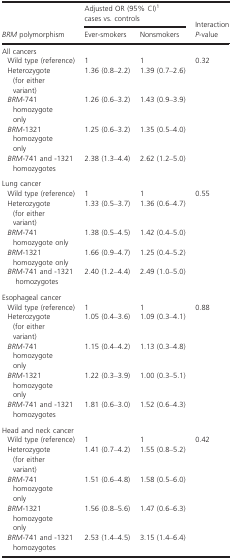
|  | <COLSPAN=2> Adjusted OR (95% CI)1 cases vs. controls |  |
 | BRM polymorphism | Ever-smokers | Nonsmokers | Interaction P-value |
 | --- | --- | --- | --- |
 | <COLSPAN=4> All cancers |
 | Wild type (reference) | 1 | 1 | <ROWSPAN=5> 0.32 |
 | Heterozygote (for either variant) | 1.36 (0.8–2.2) | 1.39 (0.7–2.6) |
 | BRM-741 homozygote only | 1.26 (0.6–3.2) | 1.43 (0.9–3.9) |
 | BRM-1321 homozygote only | 1.25 (0.6–3.2) | 1.35 (0.5–4.0) |
 | BRM-741 and-1321 homozygotes | 2.38 (1.3–4.4) | 2.62 (1.2–5.0) |
 | <COLSPAN=4> Lung cancer |
 | Wild type (reference) | 1 | 1 | <ROWSPAN=5> 0.55 |
 | Heterozygote (for either variant) | 1.33 (0.5–3.7) | 1.36 (0.6–4.7) |
 | BRM-741 homozygote only | 1.38 (0.5–4.5) | 1.42 (0.4–5.0) |
 | BRM-1321 homozygote only | 1.66 (0.9–4.7) | 1.25 (0.4–5.2) |
 | BRM-741 and-1321 homozygotes | 2.40 (1.2–4.4) | 2.49 (1.0–5.0) |
 | <COLSPAN=4> Esophageal cancer |
 | Wild type (reference) | 1 | 1 | <ROWSPAN=5> 0.88 |
 | Heterozygote (for either variant) | 1.05 (0.4–3.6) | 1.09 (0.3–4.1) |
 | BRM-741 homozygote only | 1.15 (0.4–4.2) | 1.13 (0.3–4.8) |
 | BRM-1321 homozygote only | 1.22 (0.3–3.9) | 1.00 (0.3–5.1) |
 | BRM-741 and-1321 homozygotes | 1.81 (0.6–3.0) | 1.52 (0.6–4.3) |
 | <COLSPAN=4> Head and neck cancer |
 | Wild type (reference) | 1 | 1 | <ROWSPAN=5> 0.42 |
 | Heterozygote (for either variant) | 1.41 (0.7–4.2) | 1.55 (0.8–5.2) |
 | BRM-741 homozygote only | 1.51 (0.6–4.8) | 1.58 (0.5–6.0) |
 | BRM-1321 homozygote only | 1.56 (0.8–5.6) | 1.47 (0.6–6.3) |
 | BRM-741 and-1321 homozygotes | 2.53 (1.4–4.5) | 3.15 (1.4–6.4) |